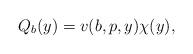
LaTeX: \begin{align*}Q_b(y)=v(b,p,y)\chi(y),\end{align*}